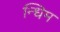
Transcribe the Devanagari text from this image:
न्धिम